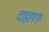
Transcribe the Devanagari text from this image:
दाहागरु